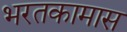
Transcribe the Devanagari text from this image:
भरतकामास